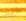
ذلك